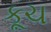
કૂચ